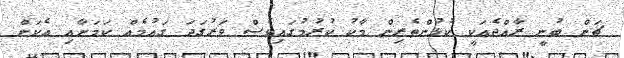
ޗަން ބުނީ ރާއްޖެއަކީ ކުޅުންތެރިން މާކު ކުރުމުގައިވެސް ވަރުގަދަ ގައުމެއް ކަމަށާއި އެކަން